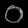
Digit: ၀